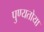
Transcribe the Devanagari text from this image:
पुण्यतोया